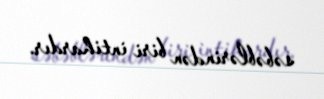
səbəblərindən biri intihardır.